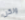
ولكن